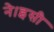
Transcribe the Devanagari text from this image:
ने।इसी